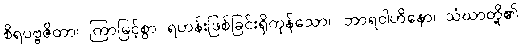
စိရပဗ္ဗဇိတာ၊ ကြာမြင့်စွာ ရဟန်းဖြစ်ခြင်းရှိကုန်သော။ ဘာရဝါဟိနော၊ သံဃာတို့၏